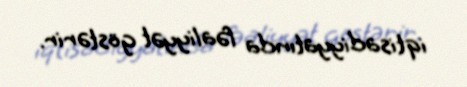
iqtisadiyyatında fəaliyyət göstərir.